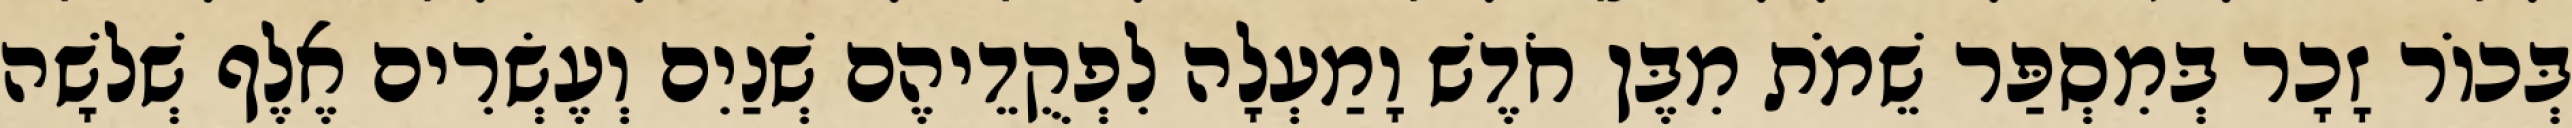
בְּכוֹר זָכָר בְּמִסְפַּר שֵׁמֹת מִבֶּן חֹדֶשׁ וָמַעְלָה לִפְקֻדֵיהֶם שְׁנַיִם וְעֶשְׂרִים אֶלֶף שְׁלשָׁה